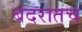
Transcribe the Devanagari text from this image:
बंदरातच